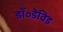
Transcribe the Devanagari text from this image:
डॉ॰डेविड